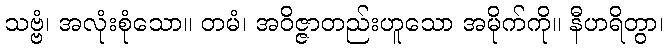
သဗ္ဗံ၊ အလုံးစုံသော။ တမံ၊ အဝိဇ္ဇာတည်းဟူသော အမိုက်ကို။ နီဟရိတွာ၊